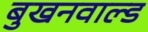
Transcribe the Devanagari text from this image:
बुखनवाल्ड